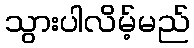
သွားပါလိမ့်မည်